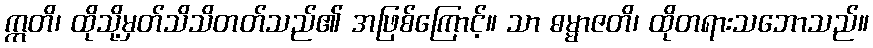
ဣတိ၊ ထိုသို့မှတ်သိသိတတ်သည်၏ အဖြစ်ကြောင့်။ သာ ဓမ္မာဇတိ၊ ထိုတရားသဘောသည်။